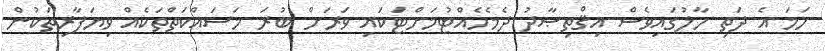
ހަމަ އެ ދަތި ހާލުގައިވެސް އިޤްތިޞާދު ދެމެހެއްޓުމަށްޓަކައި ވަރަށް ބުރަ މަސައްކަތްތަކެއް ވިޔަފާރިތަކުން